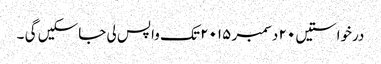
درخواستیں ٢٠ دسمبر ٢٠١٥ تک واپس لی جاسکیں گی ۔